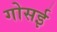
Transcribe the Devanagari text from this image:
गोसई